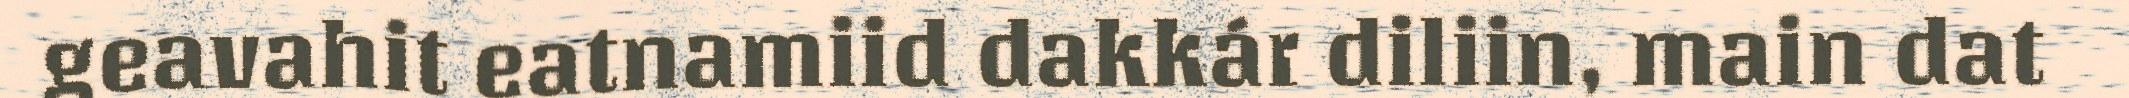
geavahit eatnamiid dakkár diliin, main dat